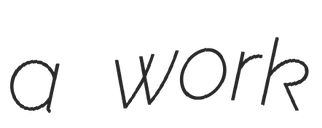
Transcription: a work